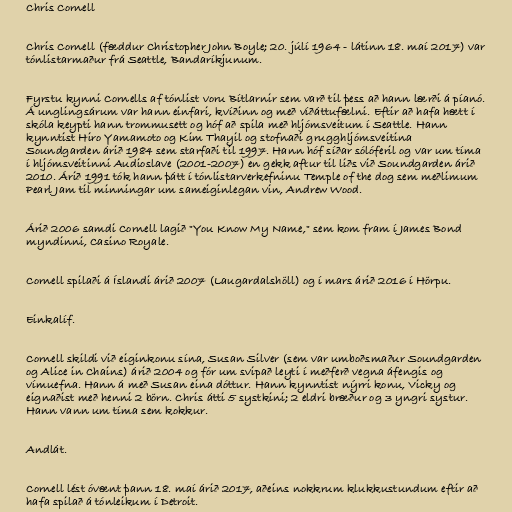
Chris Cornell

Chris Cornell (fæddur Christopher John Boyle; 20. júlí 1964 - látinn 18. maí 2017) var
tónlistarmaður frá Seattle, Bandaríkjunum.

Fyrstu kynni Cornells af tónlist voru Bítlarnir sem varð til þess að hann lærði á píanó.
Á unglingsárum var hann einfari, kvíðinn og með víðáttufælni. Eftir að hafa hætt í
skóla keypti hann trommusett og hóf að spila með hljómsveitum í Seattle. Hann
kynntist Hiro Yamamoto og Kim Thayil og stofnaði grugghljómsveitina
Soundgarden árið 1984 sem starfaði til 1997. Hann hóf síðar sólóferil og var um tíma
í hljómsveitinni Audioslave (2001-2007) en gekk aftur til liðs við Soundgarden árið
2010. Árið 1991 tók hann þátt í tónlistarverkefninu Temple of the dog sem meðlimum
Pearl Jam til minningar um sameiginlegan vin, Andrew Wood.

Árið 2006 samdi Cornell lagið "You Know My Name," sem kom fram í James Bond
myndinni, Casino Royale.

Cornell spilaði á Íslandi árið 2007 (Laugardalshöll) og í mars árið 2016 í Hörpu.

Einkalíf.

Cornell skildi við eiginkonu sína, Susan Silver (sem var umboðsmaður Soundgarden
og Alice in Chains) árið 2004 og fór um svipað leyti í meðferð vegna áfengis og
vímuefna. Hann á með Susan eina dóttur. Hann kynntist nýrri konu, Vicky og
eignaðist með henni 2 börn. Chris átti 5 systkini; 2 eldri bræður og 3 yngri systur.
Hann vann um tíma sem kokkur.

Andlát.

Cornell lést óvænt þann 18. maí árið 2017, aðeins nokkrum klukkustundum eftir að
hafa spilað á tónleikum í Detroit.